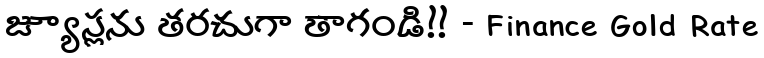
జ్యూస్లను తరచుగా తాగండి!! - Finance Gold Rate